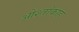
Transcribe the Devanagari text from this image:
ओश्तांकाह